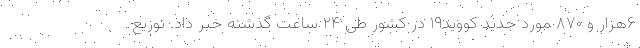
۶هزار و ۸۷۰ مورد جدید کووید۱۹ در کشور طی ۲۴ ساعت گذشته خبر داد. توزیع